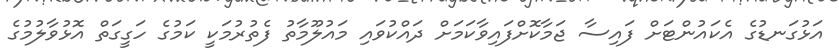
އަޅުގަނޑުގެ އެކައުންޓަށް ފައިސާ ޖަމާކޮށްފައިވާކަމަށް ދައްކުވައި މައުލޫމާތު ފެތުރުމަކީ ކަމުގެ ހަގީގަތް އޮޅުވާލުމުގެ